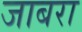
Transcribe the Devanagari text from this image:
जाबरा